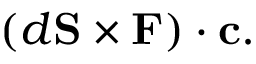
( d \mathbf { S } \times \mathbf { F } ) \cdot \mathbf { c } .